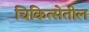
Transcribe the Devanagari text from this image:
चिकित्सेतील